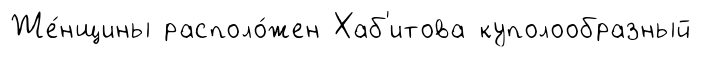
Же́нщины располо́жен Хаб'итова куполообразный